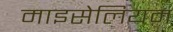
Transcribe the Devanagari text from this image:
माइसेलियम